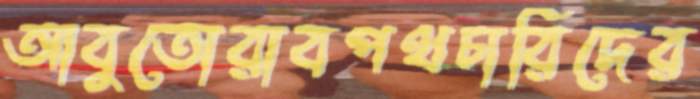
আবুতোরাবপথচারিদের